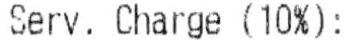
SERV. CHARGE(10%):